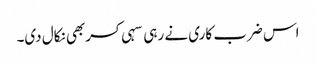
اس ضرب کاری نے رہی سہی کسربھی نکال دی۔